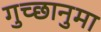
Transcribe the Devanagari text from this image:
गुच्छानुमा